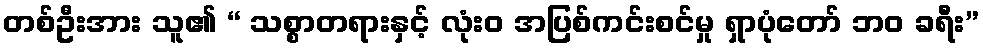
တစ်ဦးအား သူ၏ “ သစ္စာတရားနှင့် လုံးဝ အပြစ်ကင်းစင်မှု ရှာပုံတော် ဘဝ ခရီး”